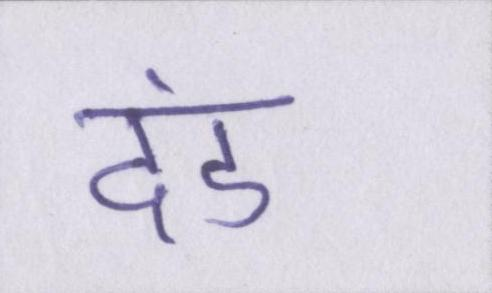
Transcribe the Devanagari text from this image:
दंड